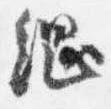
綱